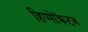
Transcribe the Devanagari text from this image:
हिप्पोक्रेटज